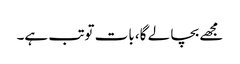
مجھے بچا لے گا، بات توتب ہے۔